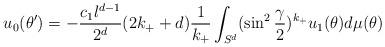
LaTeX: \begin{align*}u_0(\theta ')=-{c_1l^{d-1}\over 2^{d}}(2k_++d){1\over k_+}\int_{S^d}(\sin^2{\gamma\over 2})^{k_+} u_1(\theta)d\mu (\theta )~~\end{align*}